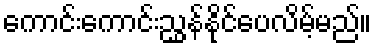
ကောင်းကောင်းညွှန်နိုင်ပေလိမ့်မည်။